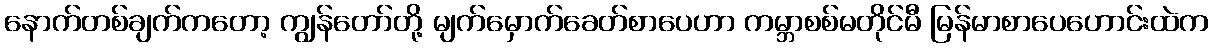
နောက်တစ်ချက်ကတော့ ကျွန်တော်တို့ မျက်မှောက်ခေတ်စာပေဟာ ကမ္ဘာစစ်မတိုင်မီ မြန်မာစာပေဟောင်းထဲက